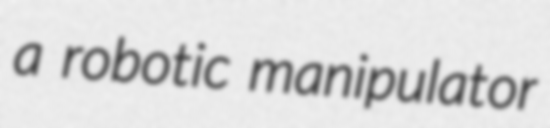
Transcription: a robotic manipulator